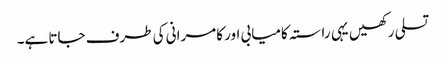
تسلی رکھیں یہی راستہ کامیابی اور کامرانی کی طرف جاتا ہے۔